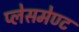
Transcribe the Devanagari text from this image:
प्लेसमेण्ट